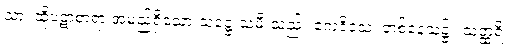
သာ၊ ထိုပဋာစာရာ အမည်ရှိသော သဋ္ဌေးသမီးသည်။ ဧကဒိဝသံ၊ တစ်နေ့သ၌။ သတ္ထရိ၊